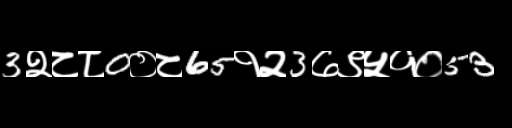
Text: 3२८८0०८65१२3७९५१०53